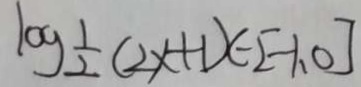
1 0 g \frac { 1 } { 2 } ( 2 x + 1 ) \in [ - 1 , 0 ]